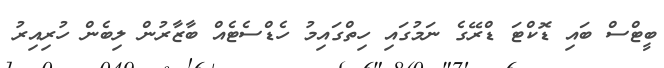
ބީޓްސް ބައި ޑޮކްޓަ ޑްރޭގެ ނަމުގައި ހިތްގައިމު ހެޑްސެޓެއް ބާޒާރުން ލިބެން ހުރިއިރު